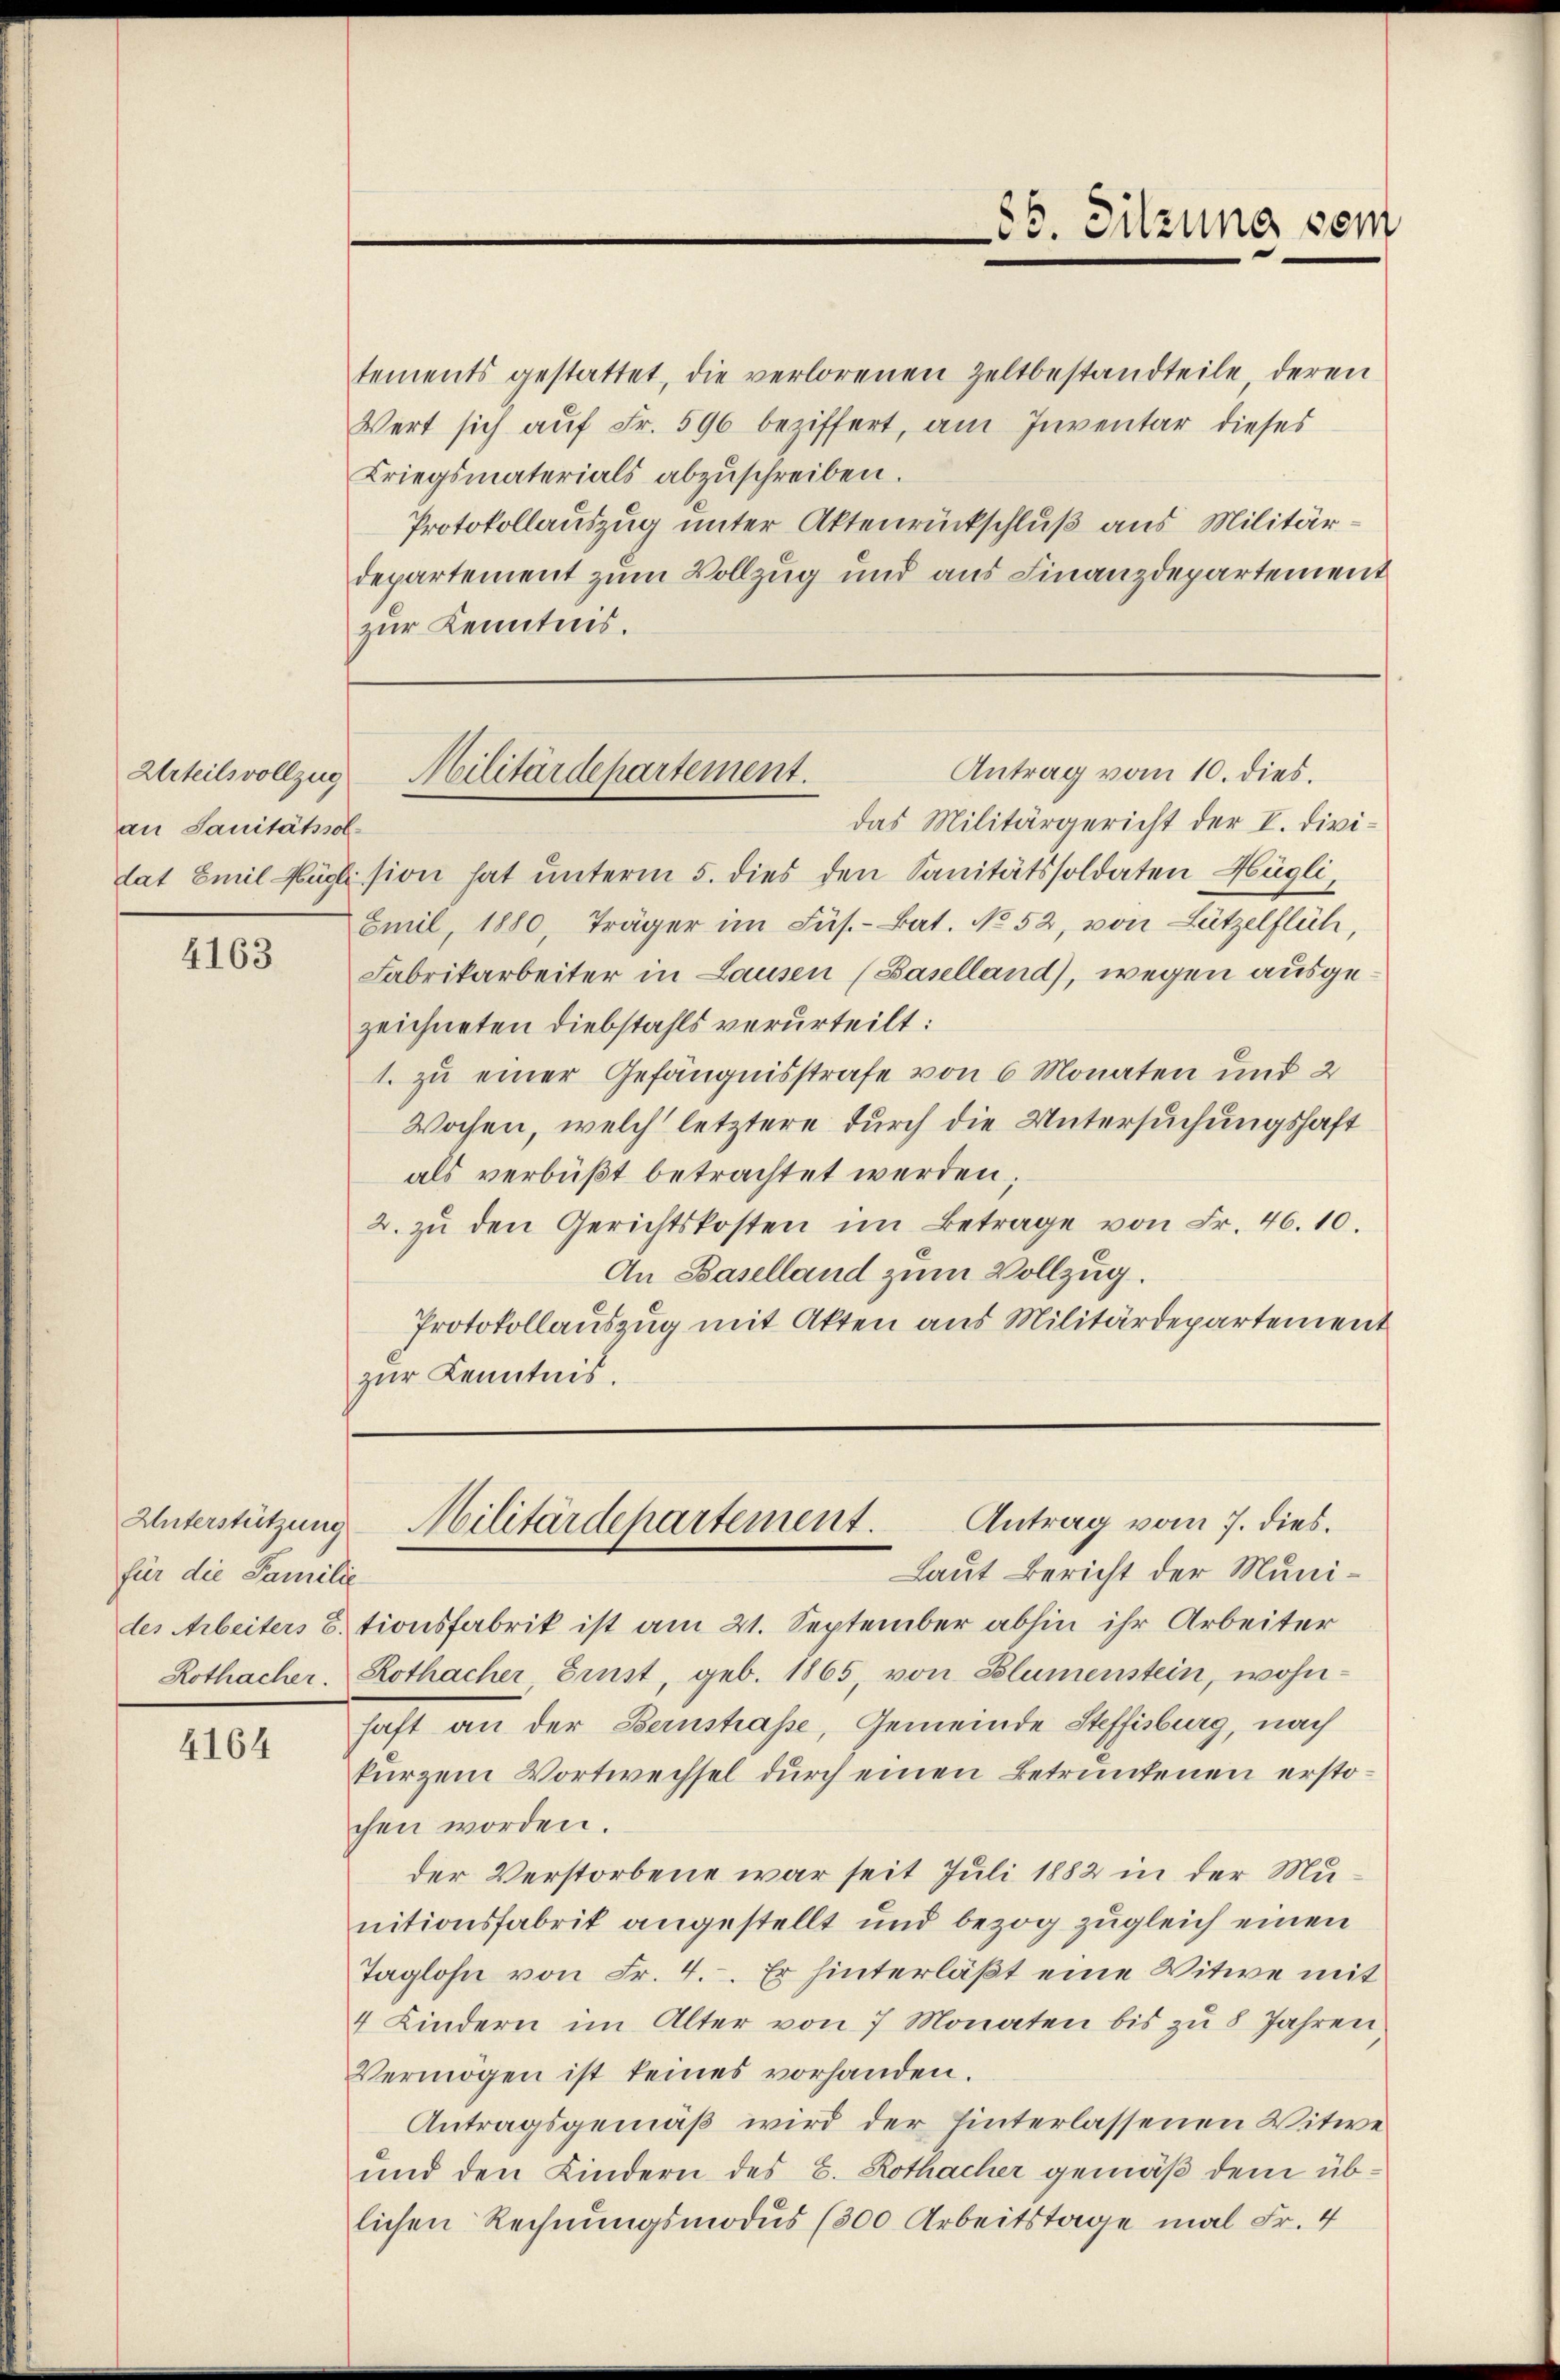
Urteilsvollzug
an Sanitätssol

4163

Unterstützung
für die Familie
des Arbeiters E.

4164

85. Sitzung sein

tements gestattet, die verlorenen Zeltbestandteile deren
Wert sich aŭf Fr. 596 beziffert, am Inventar dieses
Kriegsmaterials abzuschreiben.
Protokollauszug unter Aktenrückschluß aus Militärdepartement zum Vollzug und aus Finanzdepartement
zur Kenntnis.
das Militärgericht der I. Divitat Emil Hüglision hat unterm 5. dies den Sanitätssoldaten Hügli,
Emil, 1880, Träger im Füs.-Bat. No 52, von Lützelflich,
Fabrikarbeiter in Lausen (Baselland), wegen ausgezeichneten Diebstahls verurteilt:
1. zu einer Gefängnisstrafe von 6 Monaten und 2
Wochen, welch letztere durch die Untersuchungshaft
als verbüßt betrachtet werden;
2. zŭ den Gerichtskosten im Betrage von Fr. 46. 10.
An Baselland zum Vollzug.
Protokollauszug mit Akten aus Militärdepartement
zur Kenntnis.
Antrag vom 7. dies.
Militärdepartement.
Laut Bericht der Munitionsfabrik ist am 21. September abhin ihr Arbeiter
Rothacher, Rothacher Ernst, geb. 1865, von Blumenstein, wohnhaft an der Bernstraße, Gemeinde Steffisburg, nach
kurzem Wortwechsel durch einen Betrunkenen erstochen worden.
der Verstorbene war seit Juli 1882 in der Munitionsfabrik angestellt und bezog zugleich einen
Taglohn von Fr. 4. Er hinterläßt eine Witwe mit
4 Kindern im Alter von 7 Monaten bis zu 8 Jahren
Vermögen ist keines vorhanden.
Antragsgemäß wird der hinterlassenen Witwe
und den Kindern des E. Rothacher gemäß dem üblichen Rechnungsmodus (300 Arbeitstage mal Fr. 4

Antrag vom 10. dies.
Militärdepartement.